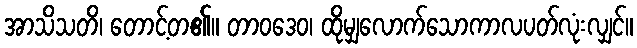
အာသိသတိ၊ တောင့်တ၏။ တာဝဒေဝ၊ ထိုမျှလောက်သောကာလပတ်လုံးလျှင်။